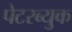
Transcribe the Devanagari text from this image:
पेटरब्युक